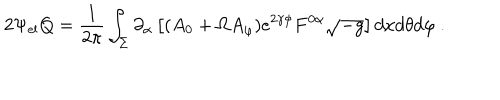
LaTeX: 2 \Psi _ { \mathrm { e l } } Q = \frac { 1 } { 2 \pi } \int _ { \Sigma } \partial _ { \alpha } \left[ ( A _ { 0 } + \Omega A _ { \varphi } ) e ^ { 2 \gamma \phi } F ^ { 0 \alpha } \sqrt { - g } \right] d x d \theta d \varphi \ .